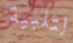
لتلبية